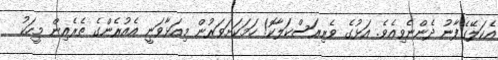
އެކަލޭގެފާނު ދެންނެވިއެވެ. އަޅުގެ ވެރިރަސްކަލާކޮ! ހަމަކަށަވަރުން މިއަޅާވަނީ އެއުރެންގެ ތެރެއިން މީހަކު